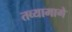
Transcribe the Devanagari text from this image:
तव्यामागे